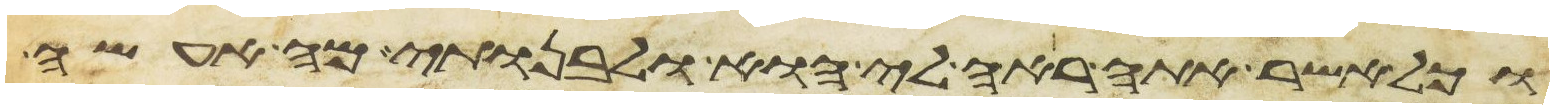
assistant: וכל אשר אתה ראה לי הוא ולבנותי מה אעשה